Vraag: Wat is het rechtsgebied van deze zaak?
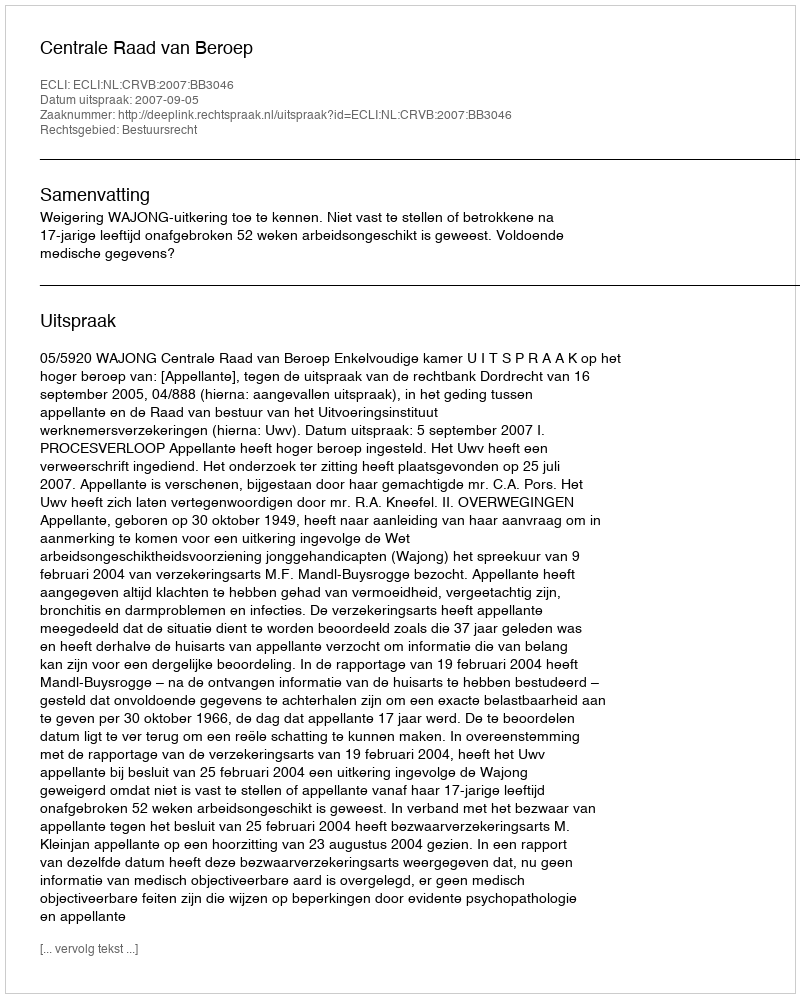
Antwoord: Bestuursrecht